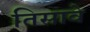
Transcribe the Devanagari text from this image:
तिसावे